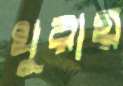
খুরায়